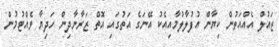
ޒައުލް އެއްއަތުން ކިޔާން އުފުލާލުމާއިއެކު އޭނަގެ އަތުގައި އޮތް ޒަރާނާދިން ހަދިޔާ ވެއްޓުމުން